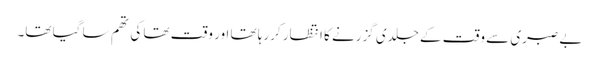
بے صبری سے وقت کے جلدی گزرنے کا انتظار کررہا تھا اور وقت تھا کی تھم سا گیا تھا۔